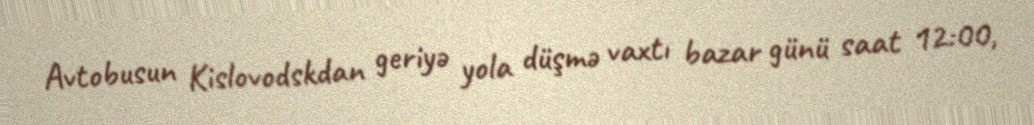
Avtobusun Kislovodskdan geriyə yola düşmə vaxtı bazar günü saat 12:00,